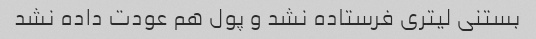
بستنی لیتری فرستاده نشد و پول هم عودت داده نشد